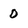
Character: 0